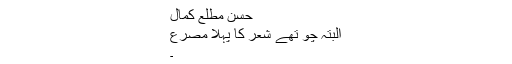
حسن مطلع کمال
البتہ چو تھے شعر کا پہلا مصرع
۔